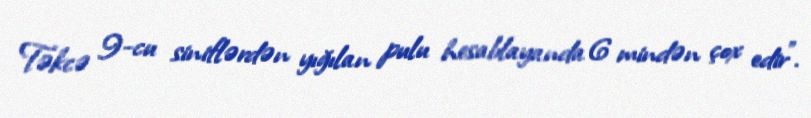
Təkcə 9-cu siniflərdən yığılan pulu hesablayanda 6 mindən çox edir”.